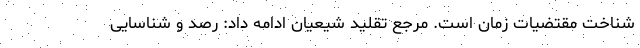
شناخت مقتضیات زمان است. مرجع تقلید شیعیان ادامه داد: رصد و شناسایی